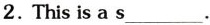
2. This is a s___.